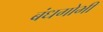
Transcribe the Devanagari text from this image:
बंधगोभी